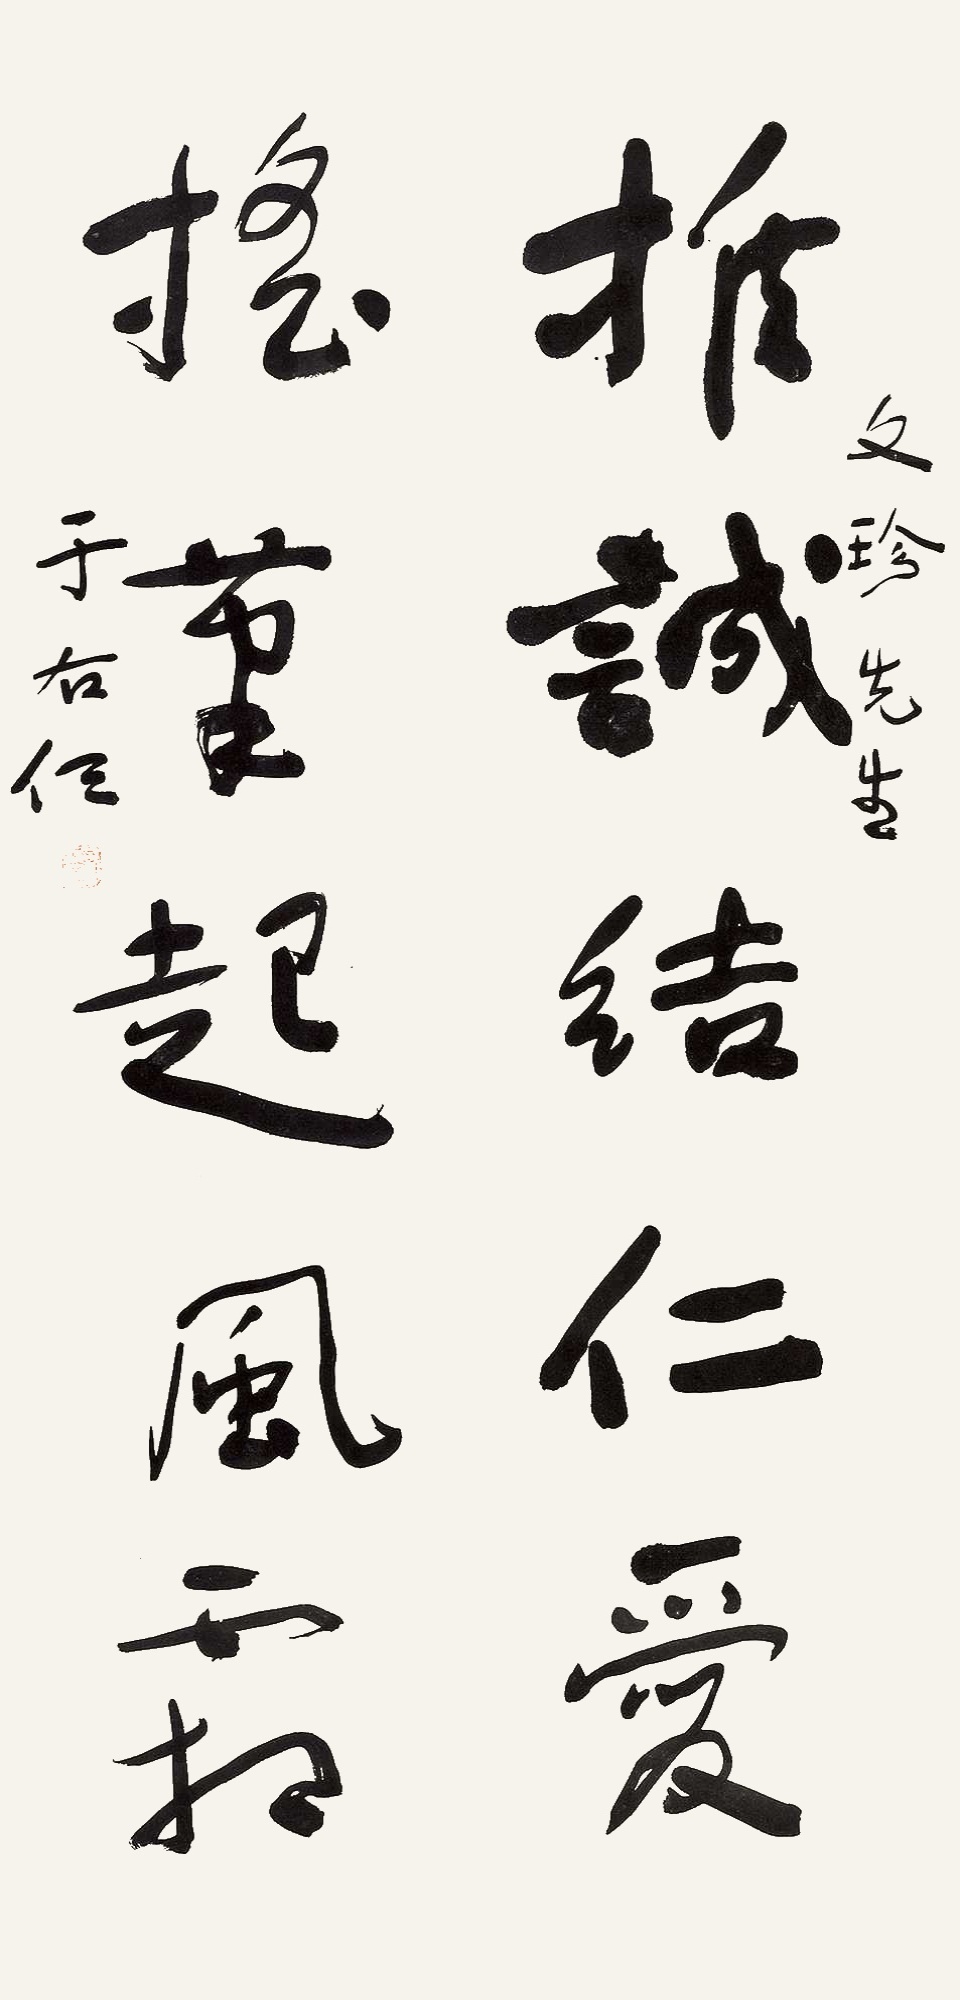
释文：推诚结仁爱，摇笔起风霜。文珍先生。于右任。